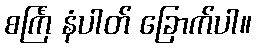
စင်္ကြံ နံပါတ် ခြောက်ပါ။